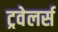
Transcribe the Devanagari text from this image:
ट्रवेलर्स